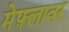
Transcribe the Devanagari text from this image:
मेफ़्लावर